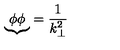
{ \underbrace { \phi \phi } } = \frac { 1 } { k _ { \bot } ^ { 2 } }